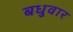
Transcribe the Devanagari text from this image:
बधुवार